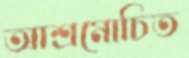
আশ্রমোচিত